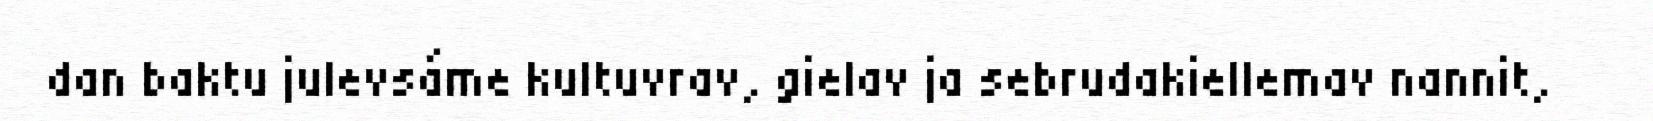
dan baktu julevsáme kultuvrav, gielav ja sebrudakiellemav nannit,